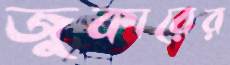
জুকারের